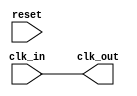
module dll (
    input wire clk_in,          // Input clock
    input wire reset,           // Reset signal
    output wire clk_out         // Output clock
);

    // Parameters
    parameter NUM_DELAY_ELEMENTS = 8; // Number of delay elements
    parameter DELAY_STEP = 1;          // Delay step for each element

    // Internal signals
    reg [NUM_DELAY_ELEMENTS-1:0] delay_elements; // Delay elements control
    reg [3:0] error_signal;                     // Error signal from PD
    reg [3:0] control_voltage;                   // Control voltage from LF
    wire clk_feedback;                           // Feedback clock from VCDL

    // Phase Detector (PD)
    always @(posedge clk_in or posedge reset) begin
        if (reset) begin
            error_signal <= 4'b0;
        end else begin
            // Simple phase comparison logic
            // This is a placeholder for actual phase detection logic
            if (clk_feedback) begin
                error_signal <= error_signal + 1; // Feedback clock is leading
            end else begin
                error_signal <= error_signal - 1; // Feedback clock is lagging
            end
        end
    end

    // Loop Filter (LF)
    always @(posedge clk_in or posedge reset) begin
        if (reset) begin
            control_voltage <= 4'b0;
        end else begin
            // Simple low-pass filter logic
            control_voltage <= control_voltage + (error_signal >> 1); // Adjust control voltage
        end
    end

    // Voltage-Controlled Delay Line (VCDL)
    always @(posedge clk_in or posedge reset) begin
        if (reset) begin
            delay_elements <= 0;
        end else begin
            // Adjust delay elements based on control voltage
            delay_elements <= control_voltage[NUM_DELAY_ELEMENTS-1:0]; // Limit to number of elements
        end
    end

    // Generate feedback clock based on delay elements
    assign clk_feedback = clk_in; // Placeholder for actual delay logic

    // Output Clock Buffer
    assign clk_out = clk_feedback; // Buffer the feedback clock

endmodule